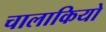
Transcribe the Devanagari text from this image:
चालाकियो